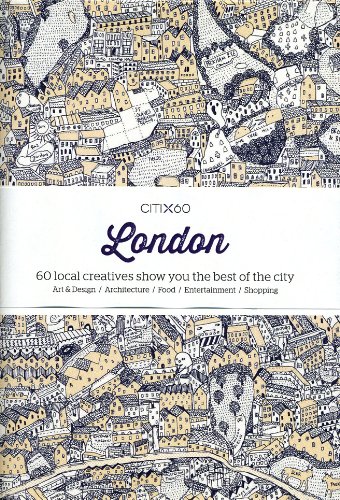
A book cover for Citi X 60 - London: 60 Creatives Show You the Best of the City; Viction Workshop; Travel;